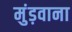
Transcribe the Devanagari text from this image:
मुंड़वाना